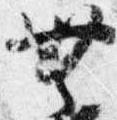
無